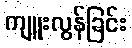
ကျူးလွန်ခြင်း